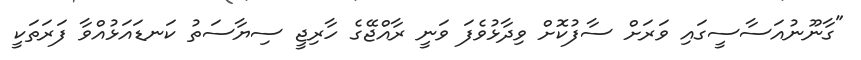
"ގާނޫނުއަސާސީގައި ވަރަށް ސާފުކޮށް ވިދާޅުވެފަ ވަނީ ރާއްޖޭގެ ހާރިޖީ ސިޔާސަތު ކަނޑައަޅުއްވާ ފަރަތަކީ